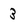
Character: 3